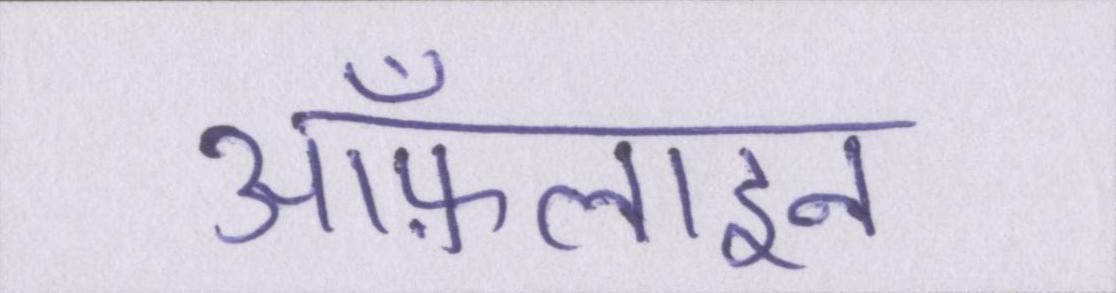
ऑफ़लाइन